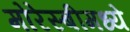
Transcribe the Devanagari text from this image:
मोरेस्बीमध्ये